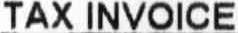
TAX INVOICE